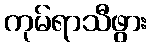
ကုမ်ရာသီဖွား